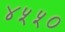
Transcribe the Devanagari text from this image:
४५५०